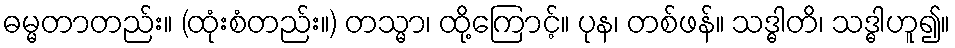
ဓမ္မတာတည်း။ (ထုံးစံတည်း။) တသ္မာ၊ ထို့ကြောင့်။ ပုန၊ တစ်ဖန်။ သဒ္ဓါတိ၊ သဒ္ဓါဟူ၍။